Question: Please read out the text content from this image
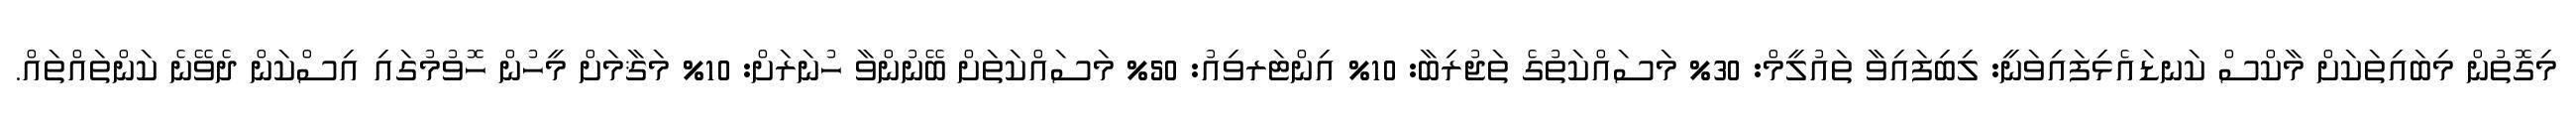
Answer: މިގޮތުން މިބައިތަކަށް މާކްސް ކަނޑައެޅިފައިވަނީ: ލިބިފައިވާ ތައުލީމް: 30% މަސައްކަތުގެ ތަޖުރިބާ: 10% އިންޓަރވިއު: 50% މަސައްކަތަށް ބޭނުންވާ ހުނަރަށް: 10% މަޤާމަށް މީހުން ހޮވުމުގައި އިސްކަން ދެވޭނެ ކަންތައްތައް.